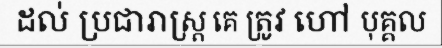
ដល់ ប្រជារាស្ត្រ គេ ត្រូវ ហៅ បុគ្គល